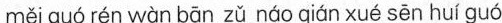
méigu6rén wcn bn zū rdc qiánxué sēn huiguó